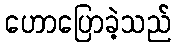
ဟောပြောခဲ့သည်